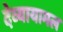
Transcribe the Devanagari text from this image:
देव्यायामल